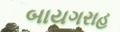
બાયગરાહ